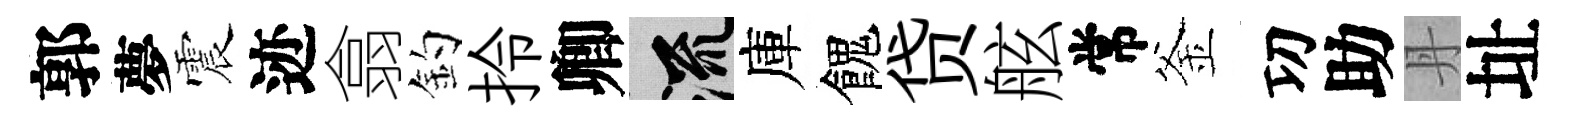
郭夢震迹翕釣拎卿流庫餽贷舷常釜㓛助丹址